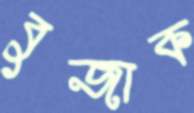
বুজাক